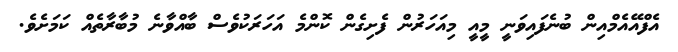
އެފްއޭއެމްއިން ބުނެފައިވަނީ މީއީ މިއަހަރުން ފެށިގެން ކޮންމެ އަހަރަކުވެސް ބާއްވާނެ މުބާރާތެއް ކަމަށެވެ.